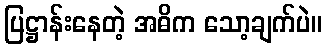
ပြဋ္ဌာန်းနေတဲ့ အဓိက သော့ချက်ပဲ။